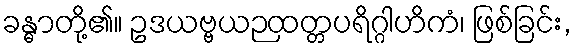
ခန္ဓာတို့၏။ ဥဒယဗ္ဗယဉထတ္တပရိဂ္ဂါဟိကံ၊ ဖြစ်ခြင်း,